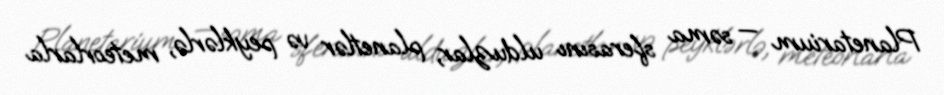
Planetarium — səma sferasını ulduzlar, planetlər və peyklərlə, meteorlarla